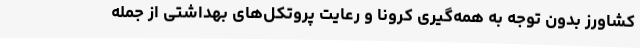
کشاورز بدون توجه به همه‌گیری کرونا و رعایت پروتکل‌های بهداشتی از جمله